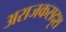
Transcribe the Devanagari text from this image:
अराजकसदृश